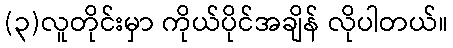
(၃)လူတိုင်းမှာ ကိုယ်ပိုင်အချိန် လိုပါတယ်။